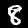
Digit: 8